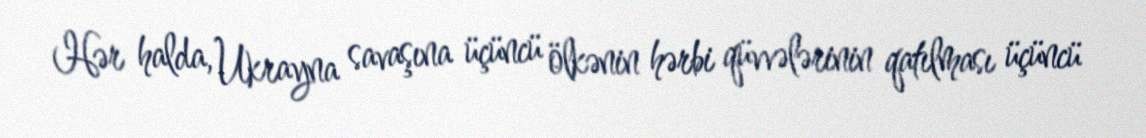
Hər halda, Ukrayna savaşına üçüncü ölkənin hərbi qüvvələrinin qatılması üçüncü